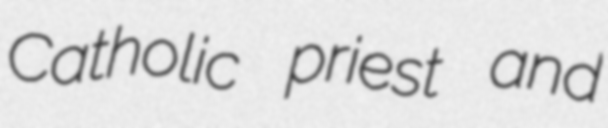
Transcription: Catholic priest and